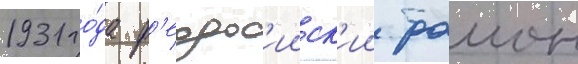
1931 го́да ф'еодос'ииск'ии раион